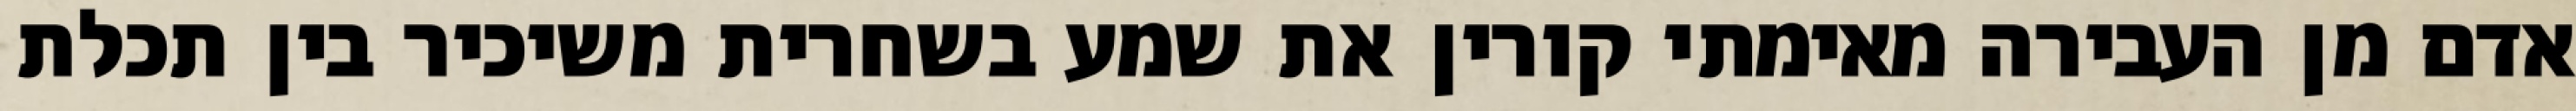
אדם מן העבירה מאימתי קורין את שמע בשחרית משיכיר בין תכלת